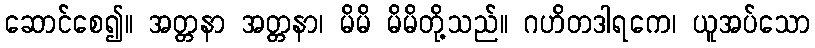
ဆောင်စေ၍။ အတ္တနာ အတ္တနာ၊ မိမိ မိမိတို့သည်။ ဂဟိတဒါရကေ၊ ယူအပ်သော